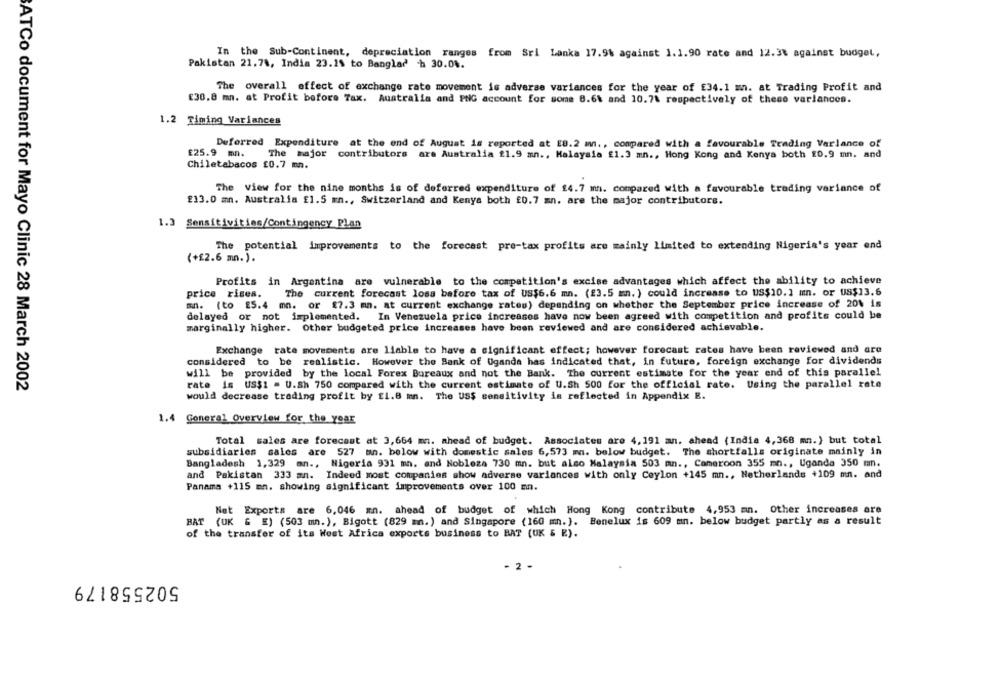
In the Sub-Continent, depreciation ranges from Sri Lanka 17.9% against 1.1.90 rate and 12.38 against budget,
Pakistan 21.74, India 23.15 to Banglad h 30.04.
The overall effect of exchange rate movement is adverse variances for the year of £34.1 mn. at Trading Profit and
[30,8 mm. at Profit before Tax. Australia and PNG account for some 8.6% and 10.7% respectively of these variances.
1.2 Timing Variances
Deferred Expenditure at the end of August is reported at EB.2 mnn ., compared with a favourable Trading Varlance of
£25.9 mn.
The major contributors are Australia 21.9 mn ., Malaysia £1.3 mn ., Hong Kong and Kenya both 20.9 mn. and
Chiletabacos £0.7 mn.
The view for the nine months is of deferred expenditure of 14.7 mn. compared with a favourable trading variance of
£13.0 mn. Australia £1.5 mn ., Switzerland and Kenya both £0.7 mn. are the major contributors.
1.3 Sensitivities/Contingency Plan
The potential improvements to the forecast pre-tax profits are mainly limited to extending Nigeria's year end
(+£2.6 mn.).
Profits in Argentina are vulnerable to the competition's excise advantages which affect the ability to achieve
price rises.
The current forecast loss before tax of US$6.6 mn. (23.5 mn. ) could increase to US$10. 1 mn. or US$13.6
sn. (to £5.4 mn. or $7.3 ma. at current exchange rates) depending on whether the September price increase of 20% is
delayed or not implemented. In Venezuela price increases have now been agreed with competition and profits could be
marginally higher. Other budgeted price increases have been reviewed and are considered achievable.
Exchange rate movements are liable to have a significant effect; however forecast rates have been reviewed and are
considered to be realistic. However the Bank of Uganda has indicated that, in future, foreign exchange for dividends
will be provided by the local Forex Bureaux and not the Bank. The current estimate for the year end of this parallel
ATCo document for Mayo Clinic 28 March 2002
rate is US$1 = U.Sh 750 compared with the current estimate of U.Sh 500 for the official rate. Using the parallel rate
would decrease trading profit by £1.8 mn. The US$ sensitivity is reflected in Appendix E.
1.4 General Overview for the year
Total sales are forecast at 3,664 mm. ahead of budget. Associates are 4,191 an. ahead (India 4,368 mm.) but total
subsidiaries sales are 527 mn. below with domestic sales 6,573 mn. below budget. The shortfalls originate mainly in
Bangladesh 1,329 an ., Nigeria 931 mh. and Nobleza 730 mn. but also Malaysia 503 mn ., Cameroon 355 mn ., Uganda 350 mn.
and Pakistan 333 mn. Indeed most companies show adverse variances with only Ceylon +145 mn ., Netherlands +109 mn. and
Panama +115 mn. showing significant improvements over 100 m.
Net Exports are 6,046 mn. ahead of budget of which Hong Kong contribute 4,953 mn. Other increases are
BAT (UK & E) (503 m.), Bigott (829 m.) and Singapore (160 mn.]. Benelux is 609 mn. below budget partly as a result
of the transfer of its West Africa exports business to BAT (UK & E).
- 2 -
502558179